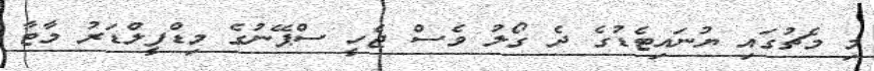
މި މެޗުގައި ޔުނައިޓެޑުގެ ދެ ގޯލު ވެސް ޖެހީ ސްޕޭނުގެ މިޑްފީލްޑަރު މާޓާ